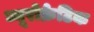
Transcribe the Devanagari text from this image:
ब्यूरोक्रेटिक